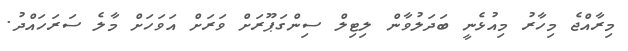
މިރާއްޖެ މިހާރު މިއުޅެނީ ބަދަލުވާން ލިޓިލް ސިންގަޕޫރަށް ވަރަށް އަވަހަށް މާލެ ސަރަހައްދު.